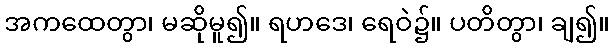
အကထေတွာ၊ မဆိုမူ၍။ ရဟဒေ၊ ရေဝဲ၌။ ပတိတွာ၊ ချ၍။